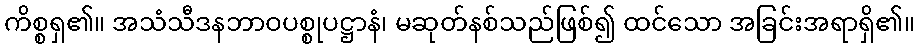
ကိစ္စရှ၏။ အသံသီဒနဘာဝပစ္စုပဋ္ဌာနံ၊ မဆုတ်နစ်သည်ဖြစ်၍ ထင်သော အခြင်းအရာရှိ၏။